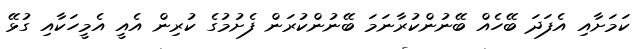
ކަމަށާއި އެފަދަ ބޭހެއް ބޭނުންކުރާނަމަ ބޭނުންކުރަން ފެށުމުގެ ކުރިން އެއީ އެމީހަކާއި ގުޅޭ